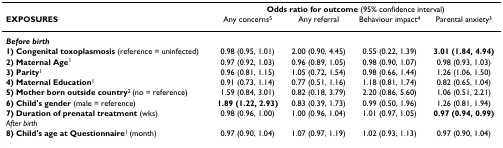
|  | <COLSPAN=4> Odds ratio for outcome (95% confidence interval) |
 | EXPOSURES | Any concerns5 | Any referral | Behaviour impact4 | Parental anxiety3 |
 | --- | --- | --- | --- | --- |
 | Before birth |  |  |  |  |
 | 1) Congenital toxoplasmosis (reference = uninfected) | 0.98 (0.95, 1.01) | 2.00 (0.90, 4.45) | 0.55 (0.22, 1.39) | 3.01 (1.84, 4.94) |
 | 2) Maternal Age1 | 0.97 (0.92, 1.03) | 0.96 (0.89, 1.05) | 0.98 (0.90, 1.07) | 0.98 (0.93, 1.03) |
 | 3) Parity1 | 0.96 (0.81, 1.15) | 1.05 (0.72, 1.54) | 0.98 (0.66, 1.44) | 1.26 (1.06, 1.50) |
 | 4) Maternal Education1 | 0.91 (0.73, 1.14) | 0.77 (0.51, 1.16) | 1.18 (0.81, 1.74) | 0.82 (0.65, 1.04) |
 | 5) Mother born outside country2 (no = reference) | 1.59 (0.84, 3.01) | 0.82 (0.18, 3.79) | 2.20 (0.86, 5.60) | 1.06 (0.51, 2.21) |
 | 6) Child's gender (male = reference) | 1.89 (1.22, 2.93) | 0.83 (0.39, 1.73) | 0.99 (0.50, 1.96) | 1.26 (0.81, 1.94) |
 | 7) Duration of prenatal treatment (wks) | 0.98 (0.96, 1.00) | 1.00 (0.96, 1.04) | 1.01 (0.97, 1.05) | 0.97 (0.94, 0.99) |
 | After birth |  |  |  |  |
 | 8) Child's age at Questionnaire1 (month) | 0.97 (0.90, 1.04) | 1.07 (0.97, 1.19) | 1.02 (0.93, 1.13) | 0.97 (0.90, 1.04) |